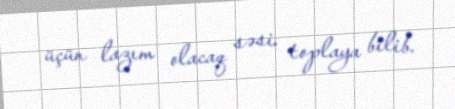
üçün lazım olacaq səsi toplaya bilib.